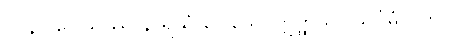
၁၀၃။ ပေါသဿ နာရိယံ ပေါသေ၊ ဣတ္ထိယာ သင်္ဂမံ ပတိ။